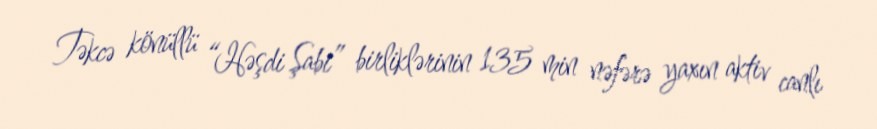
Təkcə könüllü “Həşdi Şabi” birliklərinin 135 min nəfərə yaxın aktiv canlı